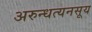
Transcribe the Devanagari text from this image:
अरुन्धत्यनसूय